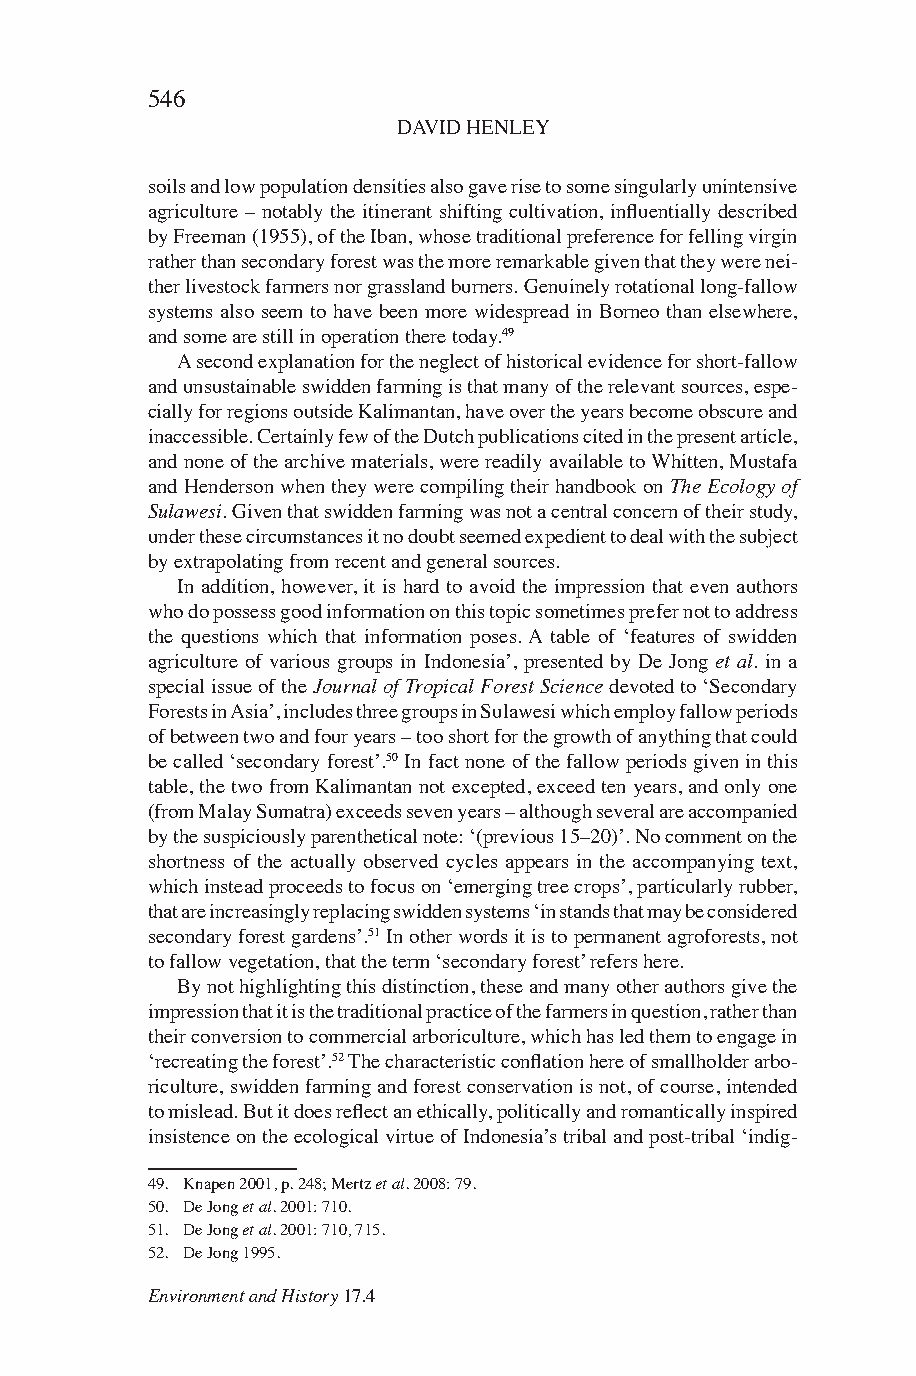
546
 DAVID HENLEY
 soils and low population densities also gave rise to some singularly unintensive
 agriculture – notably the itinerant shifting cultivation, influentially described
 by Freeman (1955), of the Iban, whose traditional preference for felling virgin
 rather than secondary forest was the more remarkable given that they were nei-
 ther livestock farmers nor grassland burners. Genuinely rotational long-fallow
 systems also seem to have been more widespread in Borneo than elsewhere,
 and some are still in operation there today.49
 A second explanation for the neglect of historical evidence for short-fallow
 and unsustainable swidden farming is that many of the relevant sources, espe-
 cially for regions outside Kalimantan, have over the years become obscure and
 inaccessible. Certainly few of the Dutch publications cited in the present article,
 and none of the archive materials, were readily available to Whitten, Mustafa
 and Henderson when they were compiling their handbook on The Ecology of
 Sulawesi. Given that swidden farming was not a central concern of their study,
 under these circumstances it no doubt seemed expedient to deal with the subject
 by extrapolating from recent and general sources.
 In addition, however, it is hard to avoid the impression that even authors
 who do possess good information on this topic sometimes prefer not to address
 the questions which that information poses. A table of ‘features of swidden
 agriculture of various groups in Indonesia’, presented by De Jong et al. in a
 special issue of the Journal of Tropical Forest Science devoted to ‘Secondary
 Forests in Asia’, includes three groups in Sulawesi which employ fallow periods
 of between two and four years – too short for the growth of anything that could
 be called ‘secondary forest’.50 In fact none of the fallow periods given in this
 table, the two from Kalimantan not excepted, exceed ten years, and only one
 (from Malay Sumatra) exceeds seven years – although several are accompanied
 by the suspiciously parenthetical note: ‘(previous 15–20)’. No comment on the
 shortness of the actually observed cycles appears in the accompanying text,
 which instead proceeds to focus on ‘emerging tree crops’, particularly rubber,
 that are increasingly replacing swidden systems ‘in stands that may be considered
 secondary forest gardens’.51 In other words it is to permanent agroforests, not
 to fallow vegetation, that the term ‘secondary forest’ refers here.
 By not highlighting this distinction, these and many other authors give the
 impression that it is the traditional practice of the farmers in question, rather than
 their conversion to commercial arboriculture, which has led them to engage in
 ‘recreating the forest’.52 The characteristic conflation here of smallholder arbo-
 riculture, swidden farming and forest conservation is not, of course, intended
 to mislead. But it does reflect an ethically, politically and romantically inspired
 insistence on the ecological virtue of Indonesia’s tribal and post-tribal ‘indig-
 49. Knapen 2001, p. 248; Mertz et al. 2008: 79.
 50. De Jong et al. 2001: 710.
 51. De Jong et al. 2001: 710, 715.
 52. De Jong 1995.
 Environment and History 17.4